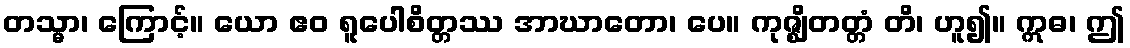
တသ္မာ၊ ကြောင့်။ ယော ဧဝ ရူပေါစိတ္တဿ အာဃာတော၊ ပေ။ ကုဇ္ဈိတတ္တံ တိ၊ ဟူ၍။ ဣဓ၊ ဤ